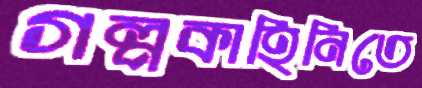
গল্পকাহিনিতে